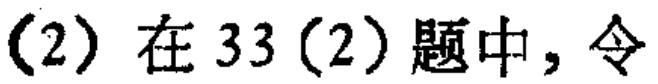
(2) 在33(2)题中，令